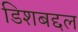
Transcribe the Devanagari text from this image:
डिशबद्दल